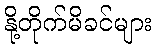
နို့တိုက်မိခင်များ